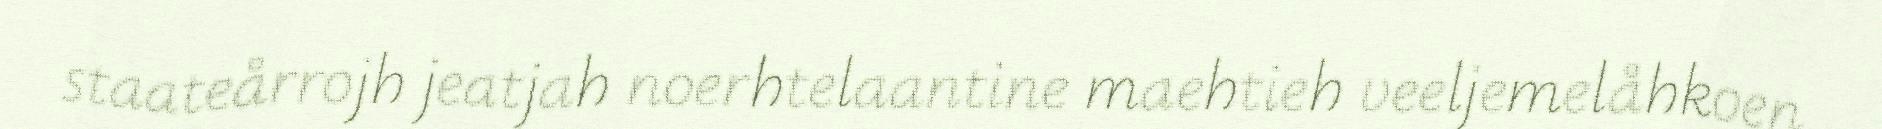
staateårrojh jeatjah noerhtelaantine maehtieh veeljemelåhkoen